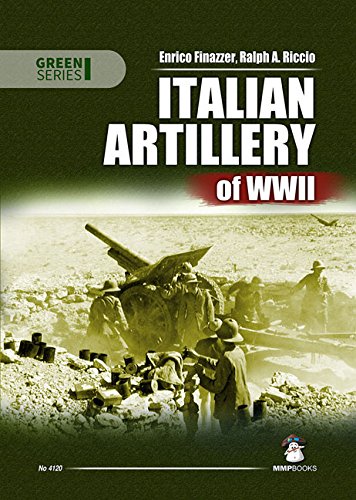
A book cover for Italian Artillery of WWII (Green); Ralph A. Riccio; History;